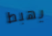
يهبط